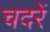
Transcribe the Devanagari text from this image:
चदरें